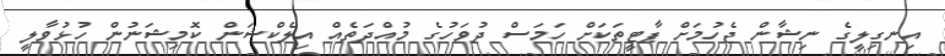
އިނގިލީގެ ނިޝާން ޖެހުމަށް ޕާޓީތަކަށް ހަމަސް ދުވަހުގެ މުއްދަތެއް އިލެކްޝަން ކޮމިޝަނުން ހުޅުވާލީ